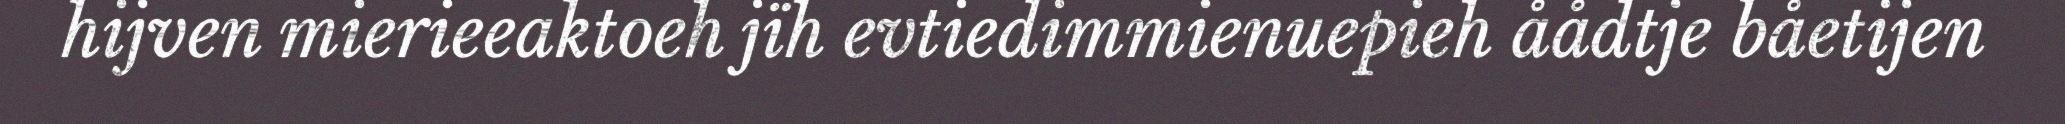
hijven mierieeaktoeh jïh evtiedimmienuepieh åådtje båetijen